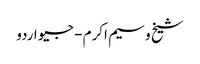
شیخ وسیم اکرم - جیو اردو